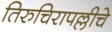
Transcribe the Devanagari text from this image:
तिरुचिरापल्लीचे